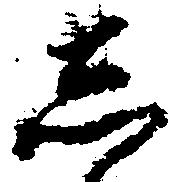
し